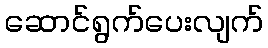
ဆောင်ရွက်ပေးလျက်